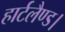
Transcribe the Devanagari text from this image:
हार्टलैण्ड।